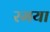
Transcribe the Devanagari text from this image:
रमया